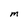
Character: M